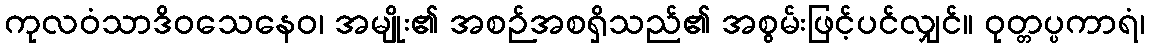
ကုလဝံသာဒိဝသေနေဝ၊ အမျိုး၏ အစဉ်အစရှိသည်၏ အစွမ်းဖြင့်ပင်လျှင်။ ဝုတ္တပ္ပကာရံ၊